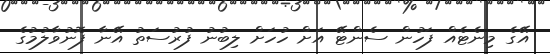
އޭގެ މިނެޓެއް ފަހުން ސެންޓޭ އަށް ހުހަށް ލިބުނު ފުރުސަތު އޭނާ ފޮނުވާލުމުގެ